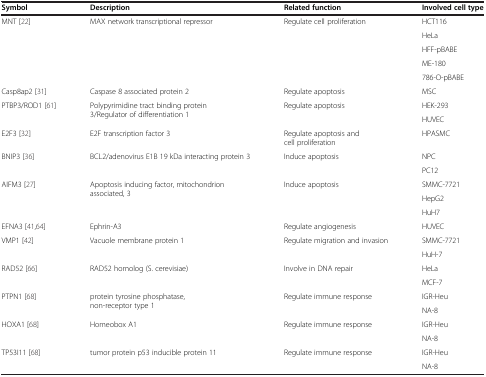
| Symbol | Description | Related function | Involved cell type |
 | --- | --- | --- | --- |
 | <ROWSPAN=5> MNT [22] | <ROWSPAN=5> MAX network transcriptional repressor | <ROWSPAN=5> Regulate cell proliferation | HCT116 |
 | HeLa |
 | HFF-pBABE |
 | ME-180 |
 | 786-O-pBABE |
 | Casp8ap2 [31] | Caspase 8 associated protein 2 | Regulate apoptosis | MSC |
 | <ROWSPAN=2> PTBP3/ROD1 [61] | <ROWSPAN=2> Polypyrimidine tract binding protein 3/Regulator of differentiation 1 | <ROWSPAN=2> Regulate apoptosis | HEK-293 |
 | HUVEC |
 | E2F3 [32] | E2F transcription factor 3 | Regulate apoptosis and cell proliferation | HPASMC |
 | <ROWSPAN=2> BNIP3 [36] | <ROWSPAN=2> BCL2/adenovirus E1B 19 kDa interacting protein 3 | <ROWSPAN=2> Induce apoptosis | NPC |
 | PC12 |
 | <ROWSPAN=3> AIFM3 [27] | <ROWSPAN=3> Apoptosis inducing factor, mitochondrion associated, 3 | <ROWSPAN=3> Induce apoptosis | SMMC-7721 |
 | HepG2 |
 | HuH7 |
 | EFNA3 [41,64] | Ephrin-A3 | Regulate angiogenesis | HUVEC |
 | <ROWSPAN=2> VMP1 [42] | <ROWSPAN=2> Vacuole membrane protein 1 | <ROWSPAN=2> Regulate migration and invasion | SMMC-7721 |
 | HuH-7 |
 | <ROWSPAN=2> RAD52 [66] | <ROWSPAN=2> RAD52 homolog (S. cerevisiae) | <ROWSPAN=2> Involve in DNA repair | HeLa |
 | MCF-7 |
 | <ROWSPAN=2> PTPN1 [68] | <ROWSPAN=2> protein tyrosine phosphatase, non-receptor type 1 | <ROWSPAN=2> Regulate immune response | IGR-Heu |
 | NA-8 |
 | <ROWSPAN=2> HOXA1 [68] | <ROWSPAN=2> Homeobox A1 | <ROWSPAN=2> Regulate immune response | IGR-Heu |
 | NA-8 |
 | <ROWSPAN=2> TP53I11 [68] | <ROWSPAN=2> tumor protein p53 inducible protein 11 | <ROWSPAN=2> Regulate immune response | IGR-Heu |
 | NA-8 |